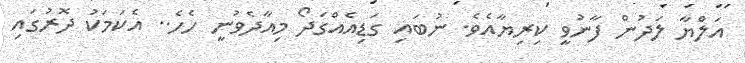
އަލްޔާ ލަދުން ފާނުވީ ކިރިޔާއެވެ. ނުބައި ގަޑިއެއްގަދޯ މިއާދެވުނީ ހެހެ.. އެކަމަކު ދޮރުގައި